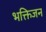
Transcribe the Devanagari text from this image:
भक्तिजन